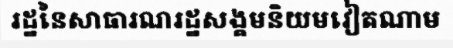
រដ្ឋនៃសាធារណរដ្ឋសង្គមនិយមវៀតណាម